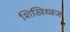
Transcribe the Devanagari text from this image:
शिखिध्वज